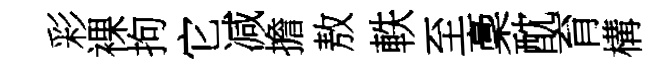
彩裸拘它减擔敖軼至稾酖育構